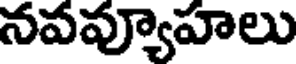
నవవ్యూహలు